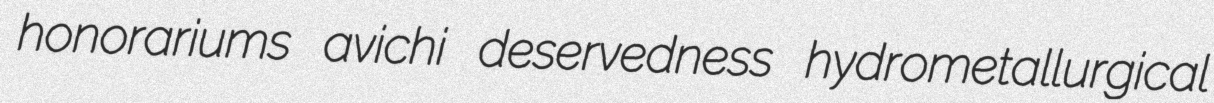
honorariums avichi deservedness hydrometallurgical